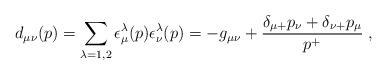
LaTeX: \begin{align*}d_{\mu\nu}(p) = \sum_{\lambda=1,2} \epsilon^\lambda_\mu(p)\epsilon^\lambda_\nu(p)=-g_{\mu\nu} + {{\delta_{\mu+}p_\nu+\delta_{\nu+}p_\mu} \over p^+}\; ,\end{align*}